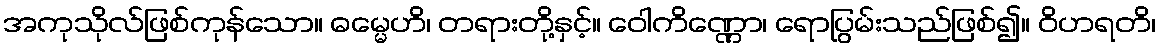
အကုသိုလ်ဖြစ်ကုန်သော။ ဓမ္မေဟိ၊ တရားတို့နှင့်။ ဝေါကိဏ္ဏော၊ ရောပြွမ်းသည်ဖြစ်၍။ ဝိဟရတိ၊